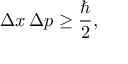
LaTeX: \Delta x \, \Delta p \geq { \frac { \hbar } { 2 } } ,